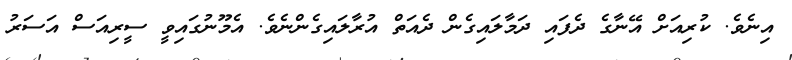
އިނެވެ. ކުރިއަށް އޭނާގެ ދެފައި ދަމާލައިގެން ދެއަތް އުރާލައިގެންނެވެ. އެމޫނުގައިވީ ސީރިއަސް އަސަރު